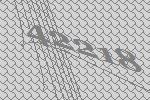
42218